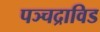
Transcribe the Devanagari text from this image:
पञ्चद्राविड